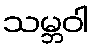
သမ္ဘဝါ